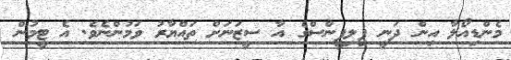
މެންޑިއޯލާ އިން ދަނީ ފިލިޕީންސްގެ އާ ސީޒަނަށް ތައްޔާރު ވަމުންނެވެ. އެ ޓީމުން